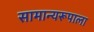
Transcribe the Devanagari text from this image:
सामान्यरूपाला